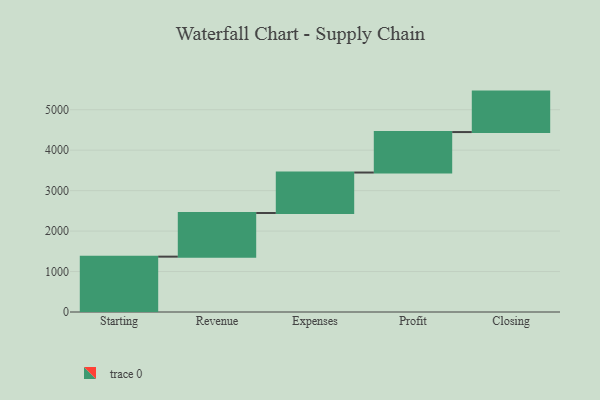
{"axis": {"x": "Step", "y": "Value"}, "legend": [""], "data": [{"x": "Starting", "y": 1368.0, "type": ""}, {"x": "Revenue", "y": 1079.0, "type": ""}, {"x": "Expenses", "y": 1000, "type": ""}, {"x": "Profit", "y": 1000, "type": ""}, {"x": "Closing", "y": 1000, "type": ""}]}